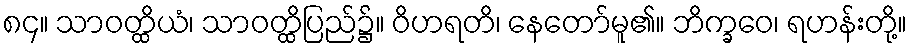
၈၄။ သာဝတ္ထိယံ၊ သာဝတ္ထိပြည်၌။ ဝိဟရတိ၊ နေတော်မူ၏။ ဘိက္ခဝေ၊ ရဟန်းတို့။